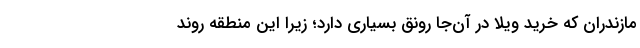
مازندران که خرید ویلا در آن‌جا رونق بسیاری دارد؛ زیرا این منطقه روند